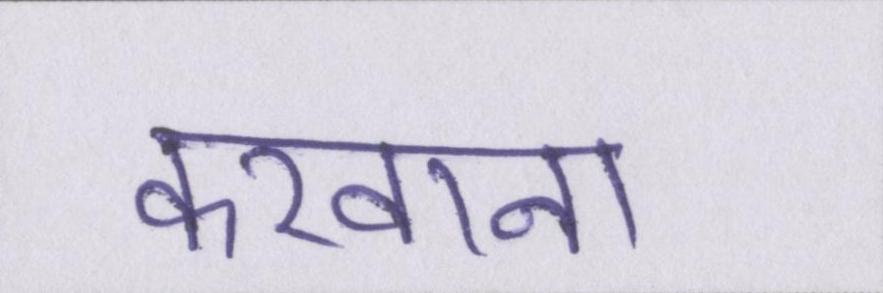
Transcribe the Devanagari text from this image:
करवाना